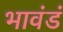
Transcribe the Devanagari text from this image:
भावंडं